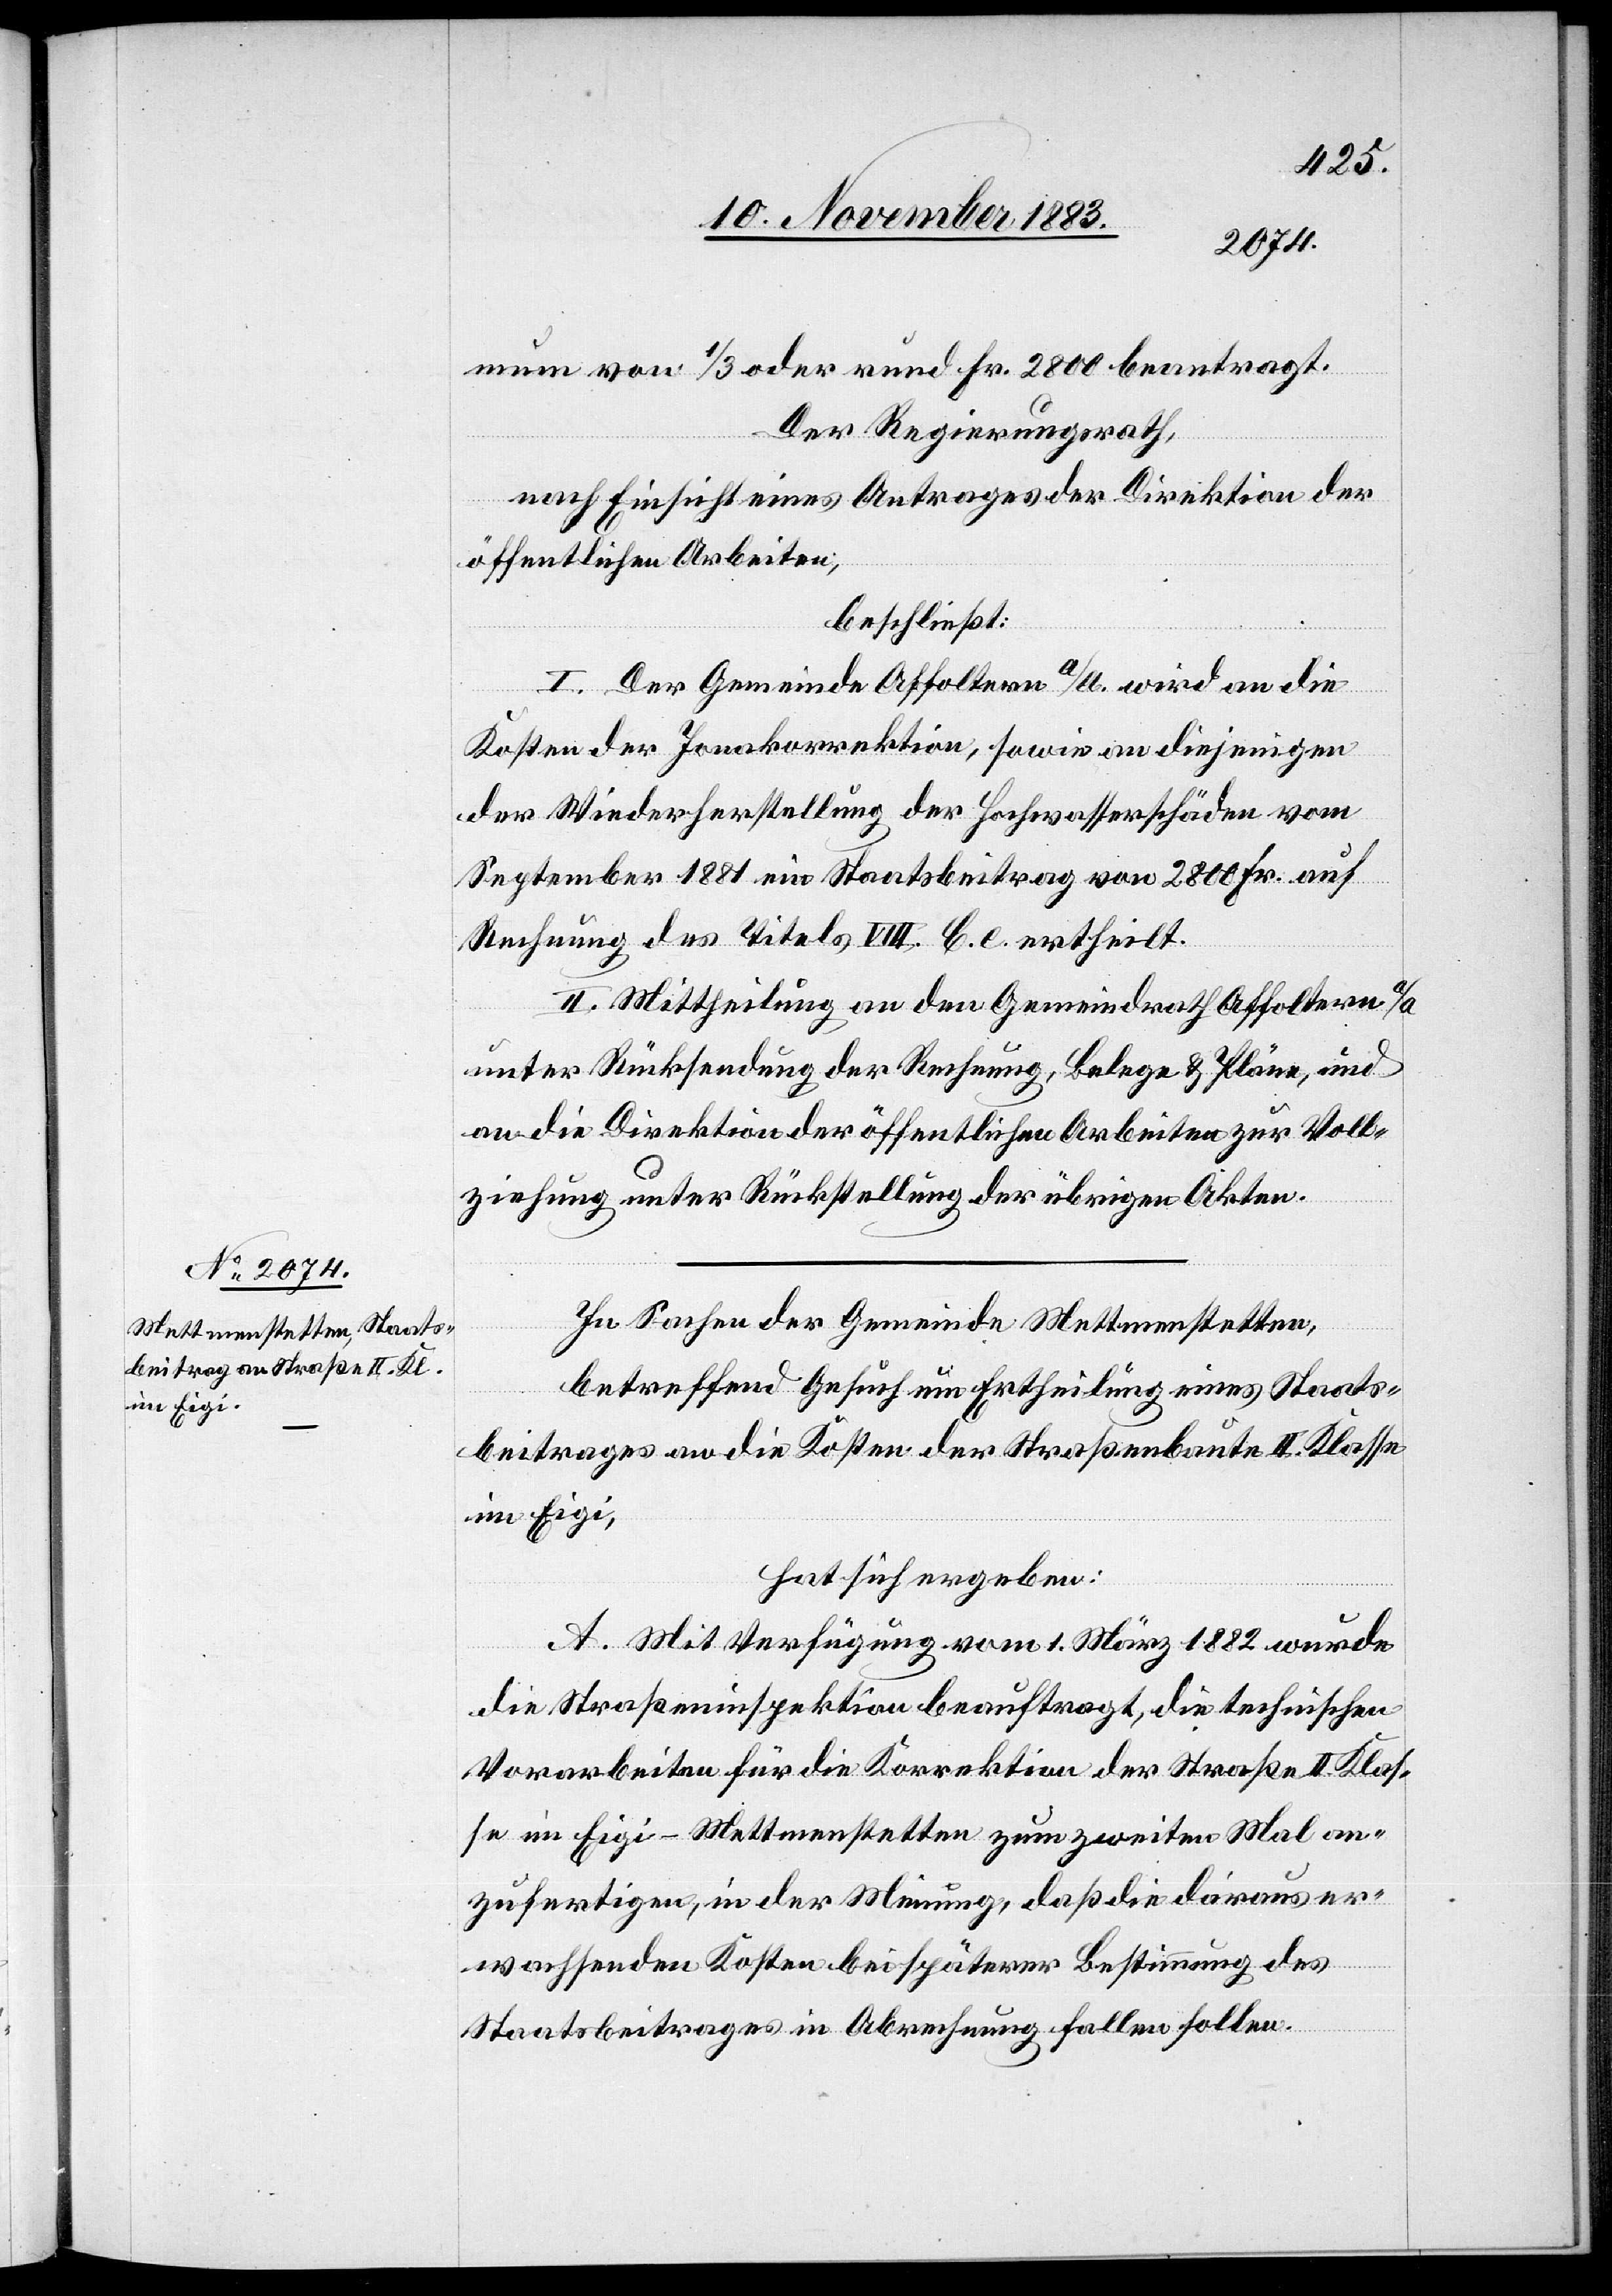
mum von 1/3 oder rund Fr. 2800 beantragt.
Der Regierungsrath,
nach Einsicht eines Antrages der Direktion der
öffentlichen Arbeiten,
beschließt:
I. Der Gemeinde Affoltern a/A. wird an die
Kosten der Jonabachkorrektion, sowie an diejenigen
der Wiederherstellung der Hochwasserschäden vom
September 1881 ein Staatsbeitrag von 2800 Fr. auf
Rechnung des Titels VIII. C. E ertheilt.
II. Mittheilung an den Gemeindrath Affoltern a/A.
unter Rücksendung der Rechnung, Belege & Pläne, und
an die Direktion der öffentlichen Arbeiten zur Voll¬
ziehung unter Rückstellung der übrigen Akten.
In Sachen der Gemeinde Mettmenstetten,
betreffend Gesuch um Ertheilung eines Staats¬
beitrages an die Kosten der Straßenbaute II. Klasse
im Eigi,
hat sich ergeben:
A. Mit Verfügung vom 1. März 1882 wurde
die Straßeninspektion beauftragt, die technischen
Vorarbeiten für die Korrektion der Straße II. Klas¬
se im Eigi - Mettmenstetten zum zweiten Mal an¬
zufertigen, in der Meinung, daß die daraus er¬
wachsenden Kosten bei späterer Bestimmung des
Staatsbeitrages in Abrechnung fallen sollen.